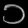
Digit: ၁